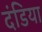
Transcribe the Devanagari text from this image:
दंडिया